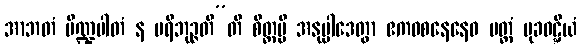
အာဘတံ ပိဏ္ဍပါတံ န ပရိဘုဉ္ဇတီ”တိ စိတ္တမ္ပိ အနုပ္ပါဒေတွာ ဧကဝစနေနေဝ ပတ္တံ မုခဝဋ္ဋိယံ